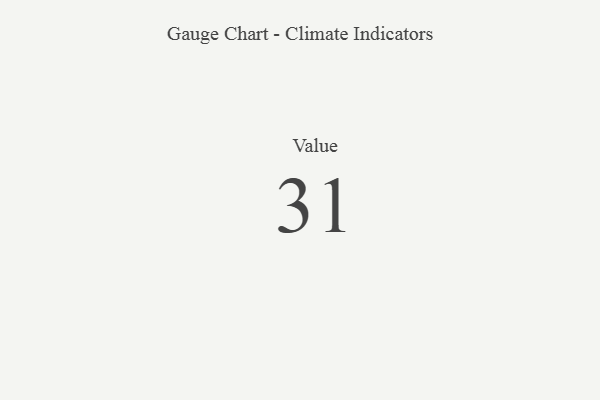
{"axis": {"x": "Metric", "y": "Value"}, "legend": [""], "data": [{"x": "Value", "y": 31, "type": ""}]}